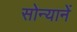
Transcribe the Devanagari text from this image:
सोन्यानें